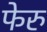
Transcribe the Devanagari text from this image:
फेरु